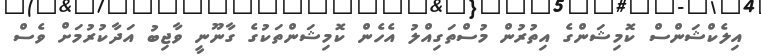
އިލެކްޝަންސް ކޮމިޝަންގެ އިތުރުން މުސްތަގިއްލު އެހެން ކޮމިޝަންތަކުގެ ގާނޫނީ ވާޖިބު އަދާކުރުމަށް ވެސް